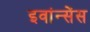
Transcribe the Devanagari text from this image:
इवांन्सेंस